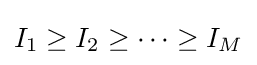
I_{1}\geq I_{2}\geq \cdots \geq I_{M}